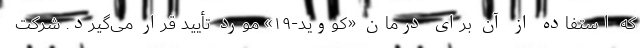
که استفاده از آن برای درمان «کووید-۱۹» مورد تأیید قرار می‌گیرد. شرکت